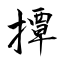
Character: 撢